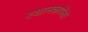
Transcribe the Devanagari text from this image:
स्थानकांपेक्षा